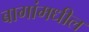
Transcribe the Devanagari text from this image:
बागांमधील